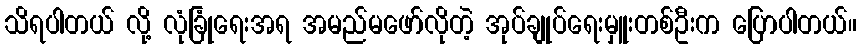
သိရပါတယ် လို့ လုံခြုံရေးအရ အမည်မဖော်လိုတဲ့ အုပ်ချုပ်ရေးမှူးတစ်ဦးက ပြောပါတယ်။